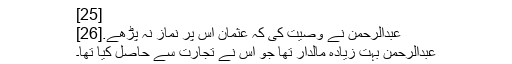
[25]
عبدالرحمن نے وصيت کی کہ عثمان اس پر نماز نہ پڑھے.[26]
عبدالرحمن بہت زیادہ مالدار تھا جو اس نے تجارت سے حاصل کیا تھا۔